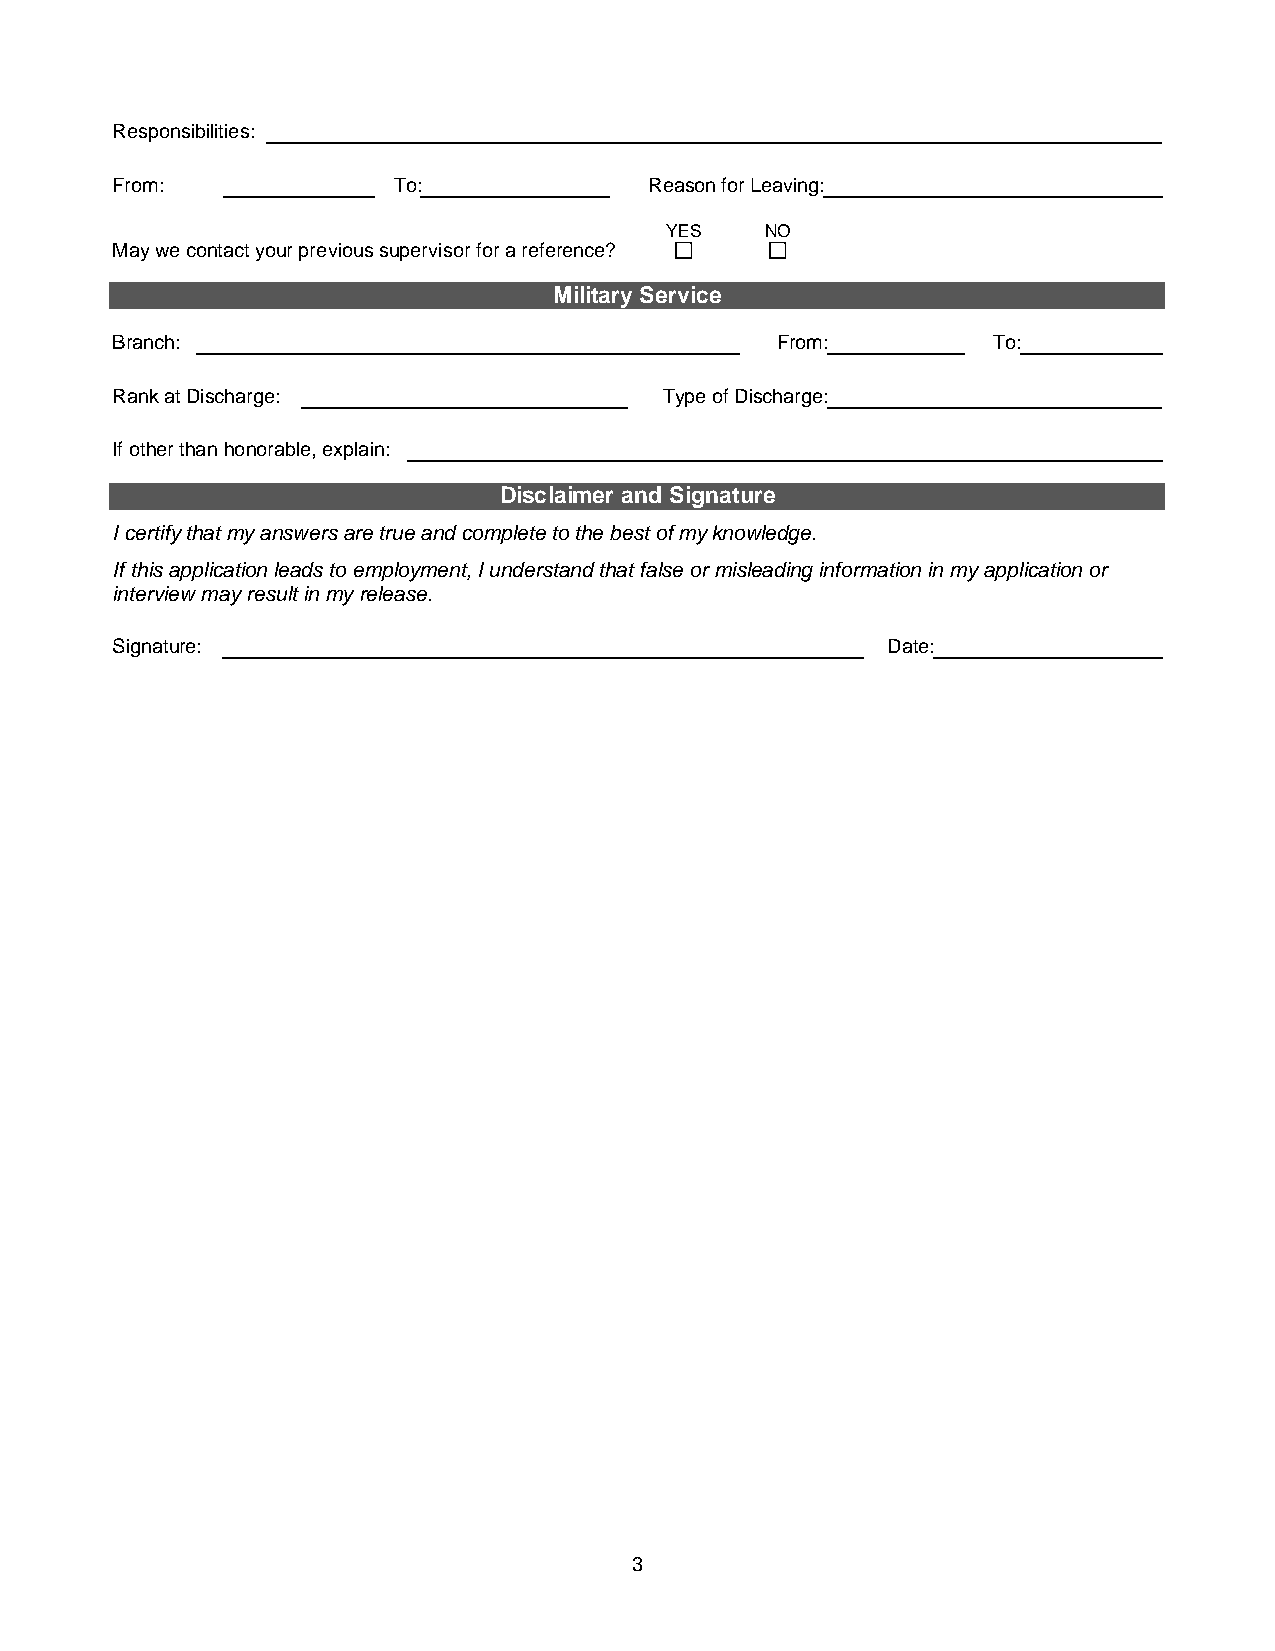
Responsibilities:
 From:              To:              Reason for Leaving:
 YES    NO
 May we contact your previous supervisor for a reference?
 Military Service
 Branch:                                     From:          To:
 Rank at Discharge:                   Type of Discharge:
 If other than honorable, explain:
 Disclaimer and Signature
 I certify that my answers are true and complete to the best of my knowledge.
 If this application leads to employment, I understand that false or misleading information in my application or
 interview may result in my release.
 Signature:                                          Date:
 3